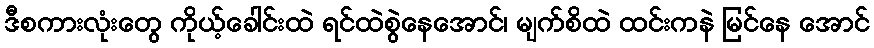
ဒီစကားလုံးတွေ ကိုယ့်ခေါင်းထဲ ရင်ထဲစွဲနေအောင်၊ မျက်စိထဲ ထင်းကနဲ မြင်နေ အောင်